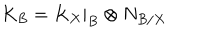
LaTeX: K _ { B } = K _ { X } | _ { B } \otimes N _ { B / X }